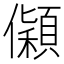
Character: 𰃅